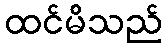
ထင်မိသည်